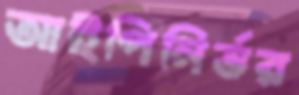
আইপিনির্ভর